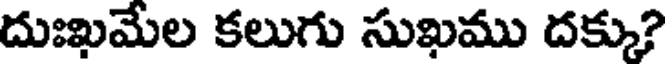
దుఃఖమేల కలుగు సుఖము దక్కు?